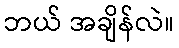
ဘယ် အချိန်လဲ။